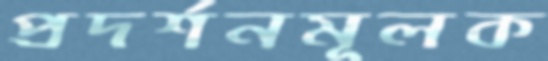
প্রদর্শনমূলক